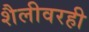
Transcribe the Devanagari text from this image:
शैलीवरही